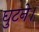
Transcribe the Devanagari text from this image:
घुटने।